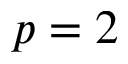
p = 2